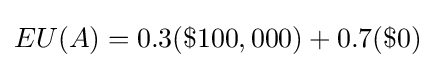
EU(A)=0.3(\$100,000)+0.7(\$0)